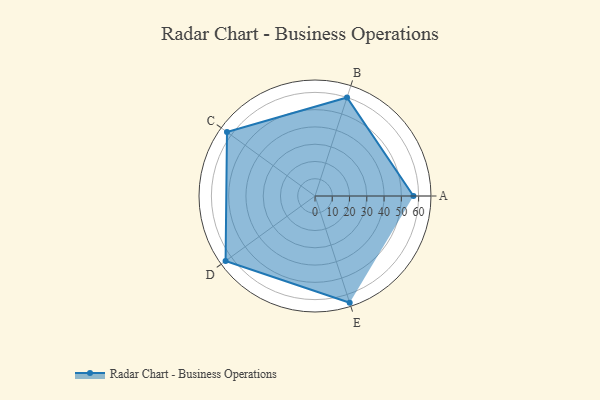
{"axis": {"x": "Skill", "y": "Score"}, "legend": ["Profile"], "data": [{"x": "A", "y": 57.0, "type": "Profile"}, {"x": "B", "y": 60.0, "type": "Profile"}, {"x": "C", "y": 63.0, "type": "Profile"}, {"x": "D", "y": 64.0, "type": "Profile"}, {"x": "E", "y": 65.0, "type": "Profile"}]}